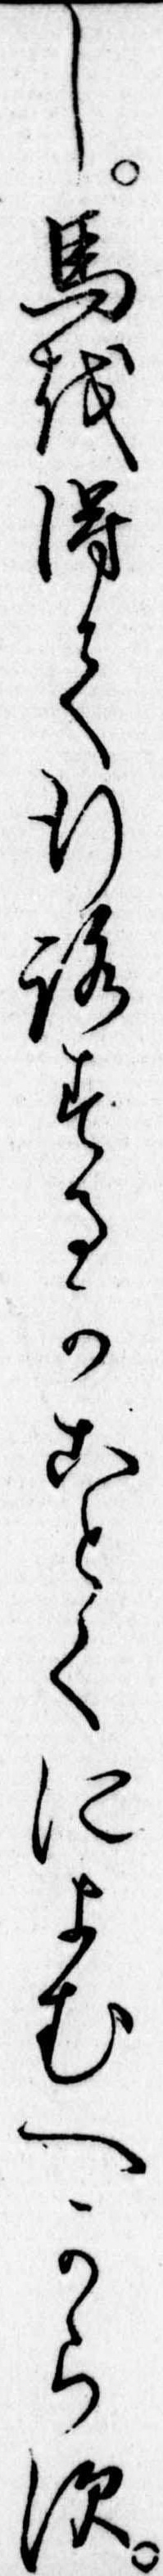
し馬を得て行路するかことくによむへからす